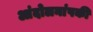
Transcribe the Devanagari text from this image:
आंदोलनांपकी